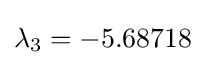
\lambda _{3}=-5.68718